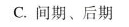
C.间期、后期